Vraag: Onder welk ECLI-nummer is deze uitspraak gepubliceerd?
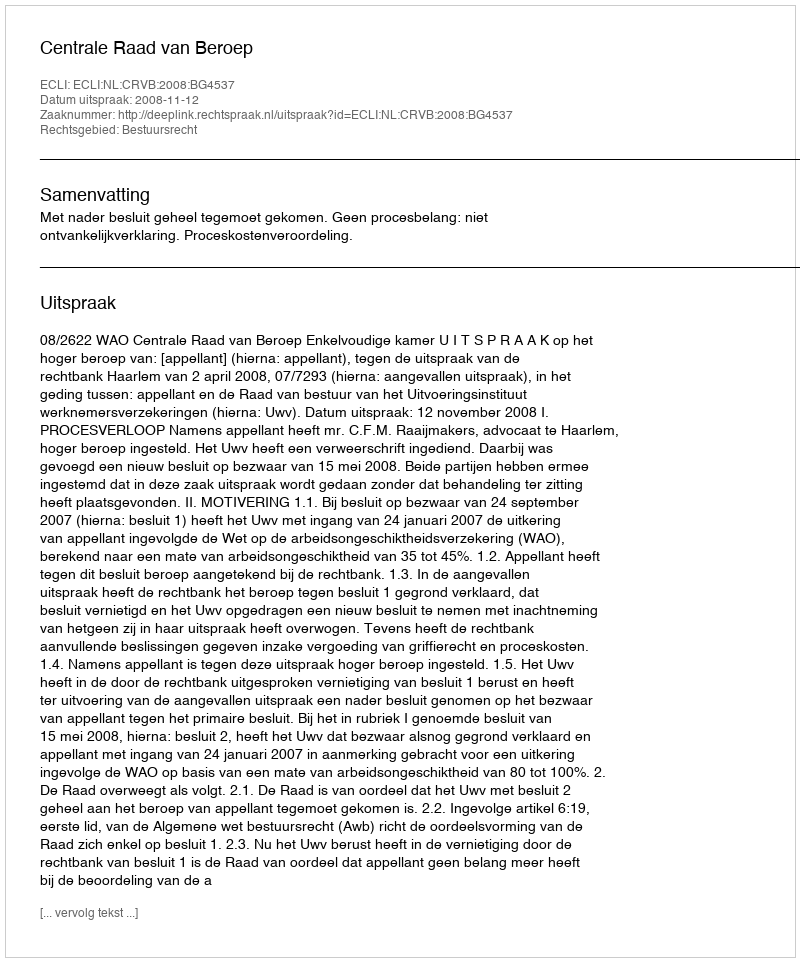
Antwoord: ECLI:NL:CRVB:2008:BG4537